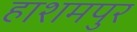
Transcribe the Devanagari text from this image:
हाशमपुर